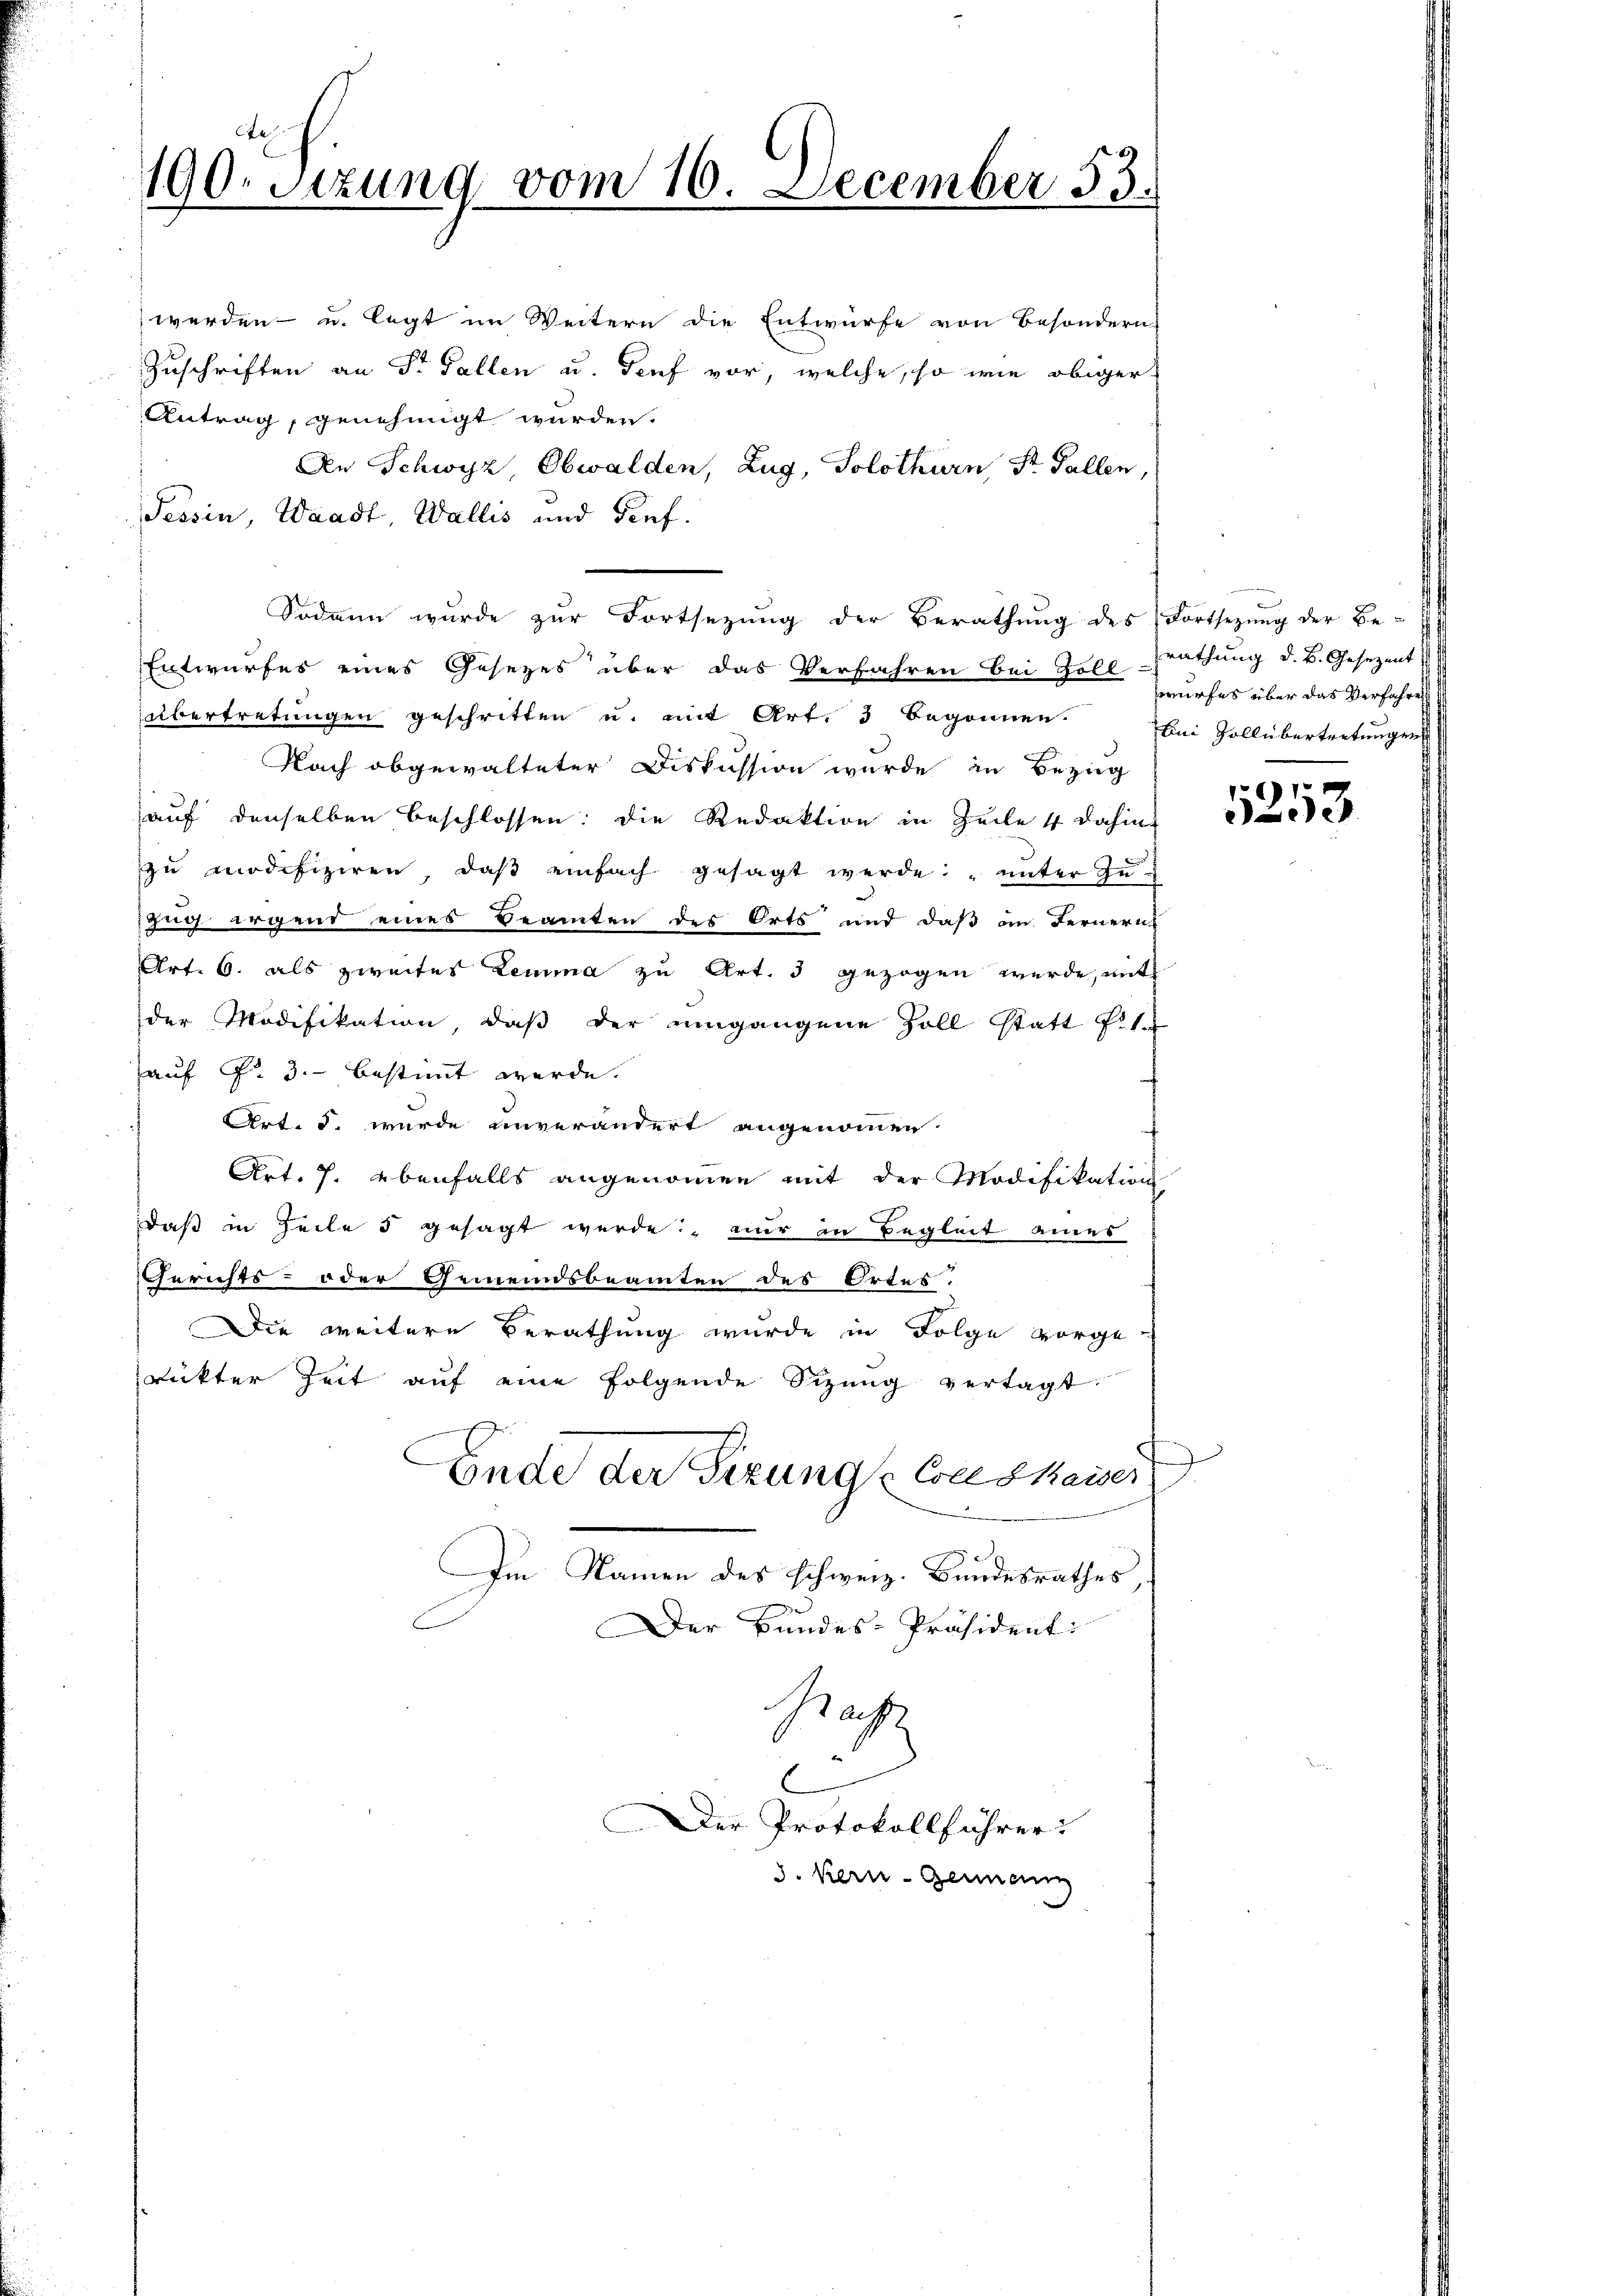
Ae
190. Setzung vom 10. December 33.

Sodann wurde zur Fortsetzung der Berathung des Fortsetzung der Be-

werden - u. legt im Weitern die Entwurfe von Besondern
Zuschriften an St. Gallen u. Touf vor, welche, so wie obiger
Antrag, genehmigt wurden.
An Schwyz, Obwalden, Zug, Solothurn, St. Gallen,
Tessin, Waadt, Wallis und Genf.
Entwurfes eines Gesezes über das Verfahren bei Zoll-Prathung d. B. Gesezent
übertretungen geschritten u. mit Art. 3 begonnen.
Nach obgewalteter Diskussion wurde in Bezug
auf denselben beschlossen: die Redaktion in Zeile 4 dahin-
zu modifiziren, daβ einfach gesagt werde: „unter zu¬
Zug irgend eines Beamten des Orts und daß an Fernern
Art. 6. als zweites Lemma zu Art. 3 gezogen werde, mit
der Modifikation, daß der umgangene Zoll statt fin
auf §. 3. bestimmt werde.
Art. 5. wurde unverändert angenommen.
Art. h. ebenfalls angenommen mit der Modifikation
daß in Zeile 5 gesagt werde, nur in Begleit eines
Gerichts- oder Gemeindsbeamten des Ortes.
Die weitere Berathung wurde in Folge vorge
rickter Zeit auf eine folgende Sitzung vertagt.
Ende der Firung Conskaiser
Im Namen des schweiz. Bundesrathes,
Der Bundes-Präsidenti
Nachz
C
Der Protokollführer:
3. Kern - Genann

wurfes über das Verfahre
bei Zollübertretungen

1253